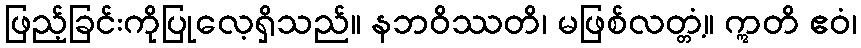
ဖြည့်ခြင်းကိုပြုလေ့ရှိသည်။ နဘဝိဿတိ၊ မဖြစ်လတ္တံ့။ ဣတိ ဧဝံ၊